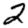
Digit: 2